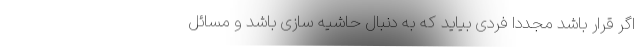
اگر قرار باشد مجددا فردی بیاید که به دنبال حاشیه سازی باشد و مسائل